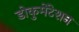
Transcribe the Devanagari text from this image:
डोकुमेंटेशन